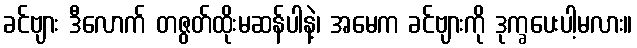
ခင်ဗျား ဒီလောက် တဇွတ်ထိုးမဆန်ပါနဲ့၊ အမေက ခင်ဗျားကို ဒုက္ခပေးပါ့မလား။